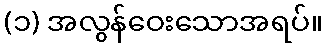
(၁) အလွန်ဝေးသောအရပ်။